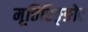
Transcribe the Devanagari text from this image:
मूत्तिरिङ्ङोट